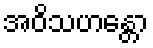
အဝိသဟန္တော